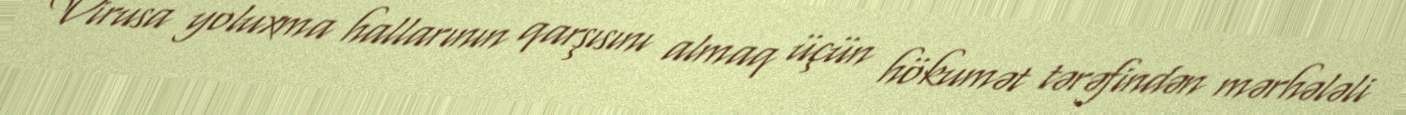
Virusa yoluxma hallarının qarşısını almaq üçün hökumət tərəfindən mərhələli